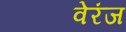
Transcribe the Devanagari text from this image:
वेरंज